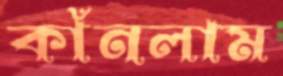
কাঁনলাম